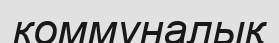
коммуналық